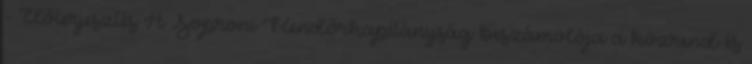
- Előterjesztés A Soproni Rendőrkapitányság beszámolója a közrend és